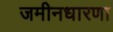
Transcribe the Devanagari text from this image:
जमीनधारणा